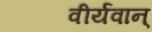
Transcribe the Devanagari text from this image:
वीर्यवान्‌